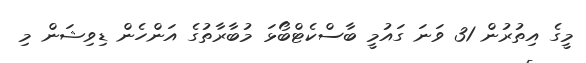
މީގެ އިތުރުން 31 ވަނަ ގައުމީ ބާސްކެޓްބޯޅަ މުބާރާތުގެ އަންހެން ޑިވިޝަން މި